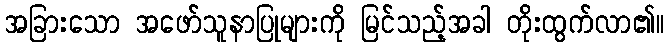
အခြားသော အဖော်သူနာပြုများကို မြင်သည့်အခါ တိုးထွက်လာ၏။